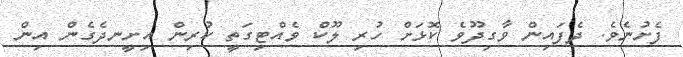
ފެށުނެވެ. ދެފައިން ވާގިދޫވެ ކޮޅަށް ހުރި ލޫކް ވެއްޓިގަތީ ކުރިން އިށީނދެގެން އިން